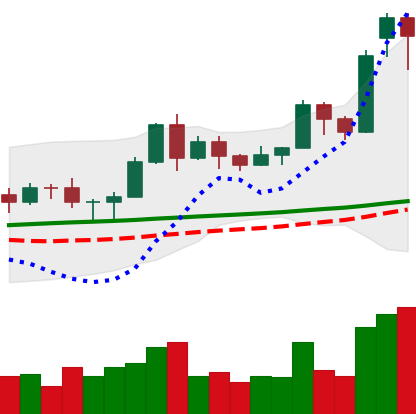
Ticker: LTC-USD
Chart end date: 2020-11-18
Forward return: 20.822%
Label: up_7plus